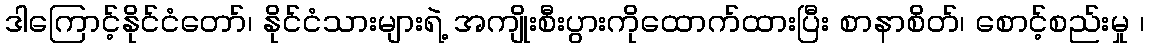
ဒါကြောင့်နိုင်ငံတော်၊ နိုင်ငံသားများရဲ့ အကျိုးစီးပွားကိုထောက်ထားပြီး စာနာစိတ်၊ စောင့်စည်းမှု ၊